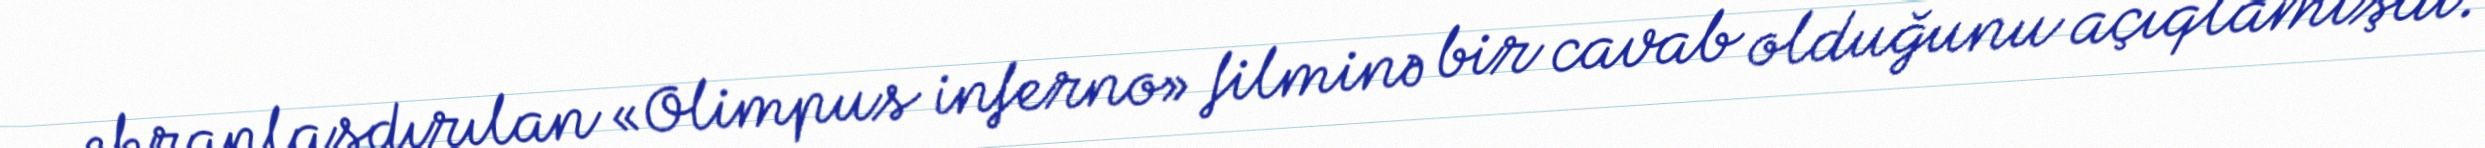
ekranlaşdırılan «Olimpus inferno» filminə bir cavab olduğunu açıqlamışdı.